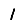
Digit: 1